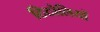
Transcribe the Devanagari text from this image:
ठिठोलियों